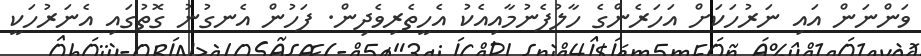
ވަންނަން އައި ނަރުހަކަށް އަހަރެންގެ ހާލުފެނުމާއިއެކު އެހީތެރިވެދިން. ފަހުން އެނގުނު ގޮތުގައި އެނަރުހަކީ